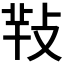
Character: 𢽁